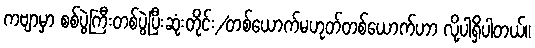
ကဗျာမှာ စစ်ပွဲကြီးတစ်ပွဲပြီးဆုံးတိုင်း/တစ်ယောက်မဟုတ်တစ်ယောက်ဟာ လို့ပါရှိပါတယ်။